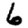
Digit: 6